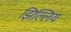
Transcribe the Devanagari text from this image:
झिल्लिय